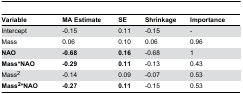
<table><thead><tr><td><b>Variable</b></td><td><b>MA Estimate</b></td><td><b>SE</b></td><td><b>Shrinkage</b></td><td><b>Importance</b></td></tr></thead><tbody><tr><td>Intercept</td><td>-0.15</td><td>0.11</td><td>-0.15</td><td>-</td></tr><tr><td>Mass</td><td>0.06</td><td>0.10</td><td>0.06</td><td>0.96</td></tr><tr><td><b>NAO</b></td><td><b>-0.68</b></td><td><b>0.16</b></td><td>-0.68</td><td>1</td></tr><tr><td><b>Mass*NAO</b></td><td><b>-0.29</b></td><td><b>0.11</b></td><td>-0.13</td><td>0.43</td></tr><tr><td>Mass<sup>2</sup></td><td>-0.14</td><td>0.09</td><td>-0.07</td><td>0.53</td></tr><tr><td><b>Mass<sup>2</sup>*NAO</b></td><td><b>-0.27</b></td><td><b>0.11</b></td><td>-0.15</td><td>0.53</td></tr></tbody></table>